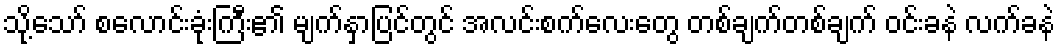
သို့သော် စလောင်းခုံးကြီး၏ မျက်နှာပြင်တွင် အလင်းစက်လေးတွေ တစ်ချက်တစ်ချက် ဝင်းခနဲ လက်ခနဲ